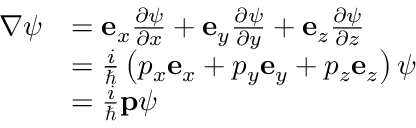
{ \begin{array} { r l } { \nabla \psi } & { = \mathbf { e } _ { x } { \frac { \partial \psi } { \partial x } } + \mathbf { e } _ { y } { \frac { \partial \psi } { \partial y } } + \mathbf { e } _ { z } { \frac { \partial \psi } { \partial z } } } \\ & { = { \frac { i } { \hbar } } \left( p _ { x } \mathbf { e } _ { x } + p _ { y } \mathbf { e } _ { y } + p _ { z } \mathbf { e } _ { z } \right) \psi } \\ & { = { \frac { i } { \hbar } } \mathbf { p } \psi } \end{array} }